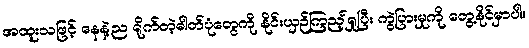
အထူးသဖြင့် နေနဲ့ည ရိုက်တဲ့ဓါတ်ပုံတွေကို နိုင်းယှဉ်ကြည့်ရှုပြီး ကွဲပြားမှုကို တွေ့နိုင်မှာပါ။